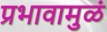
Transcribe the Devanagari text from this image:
प्रभावामुळं